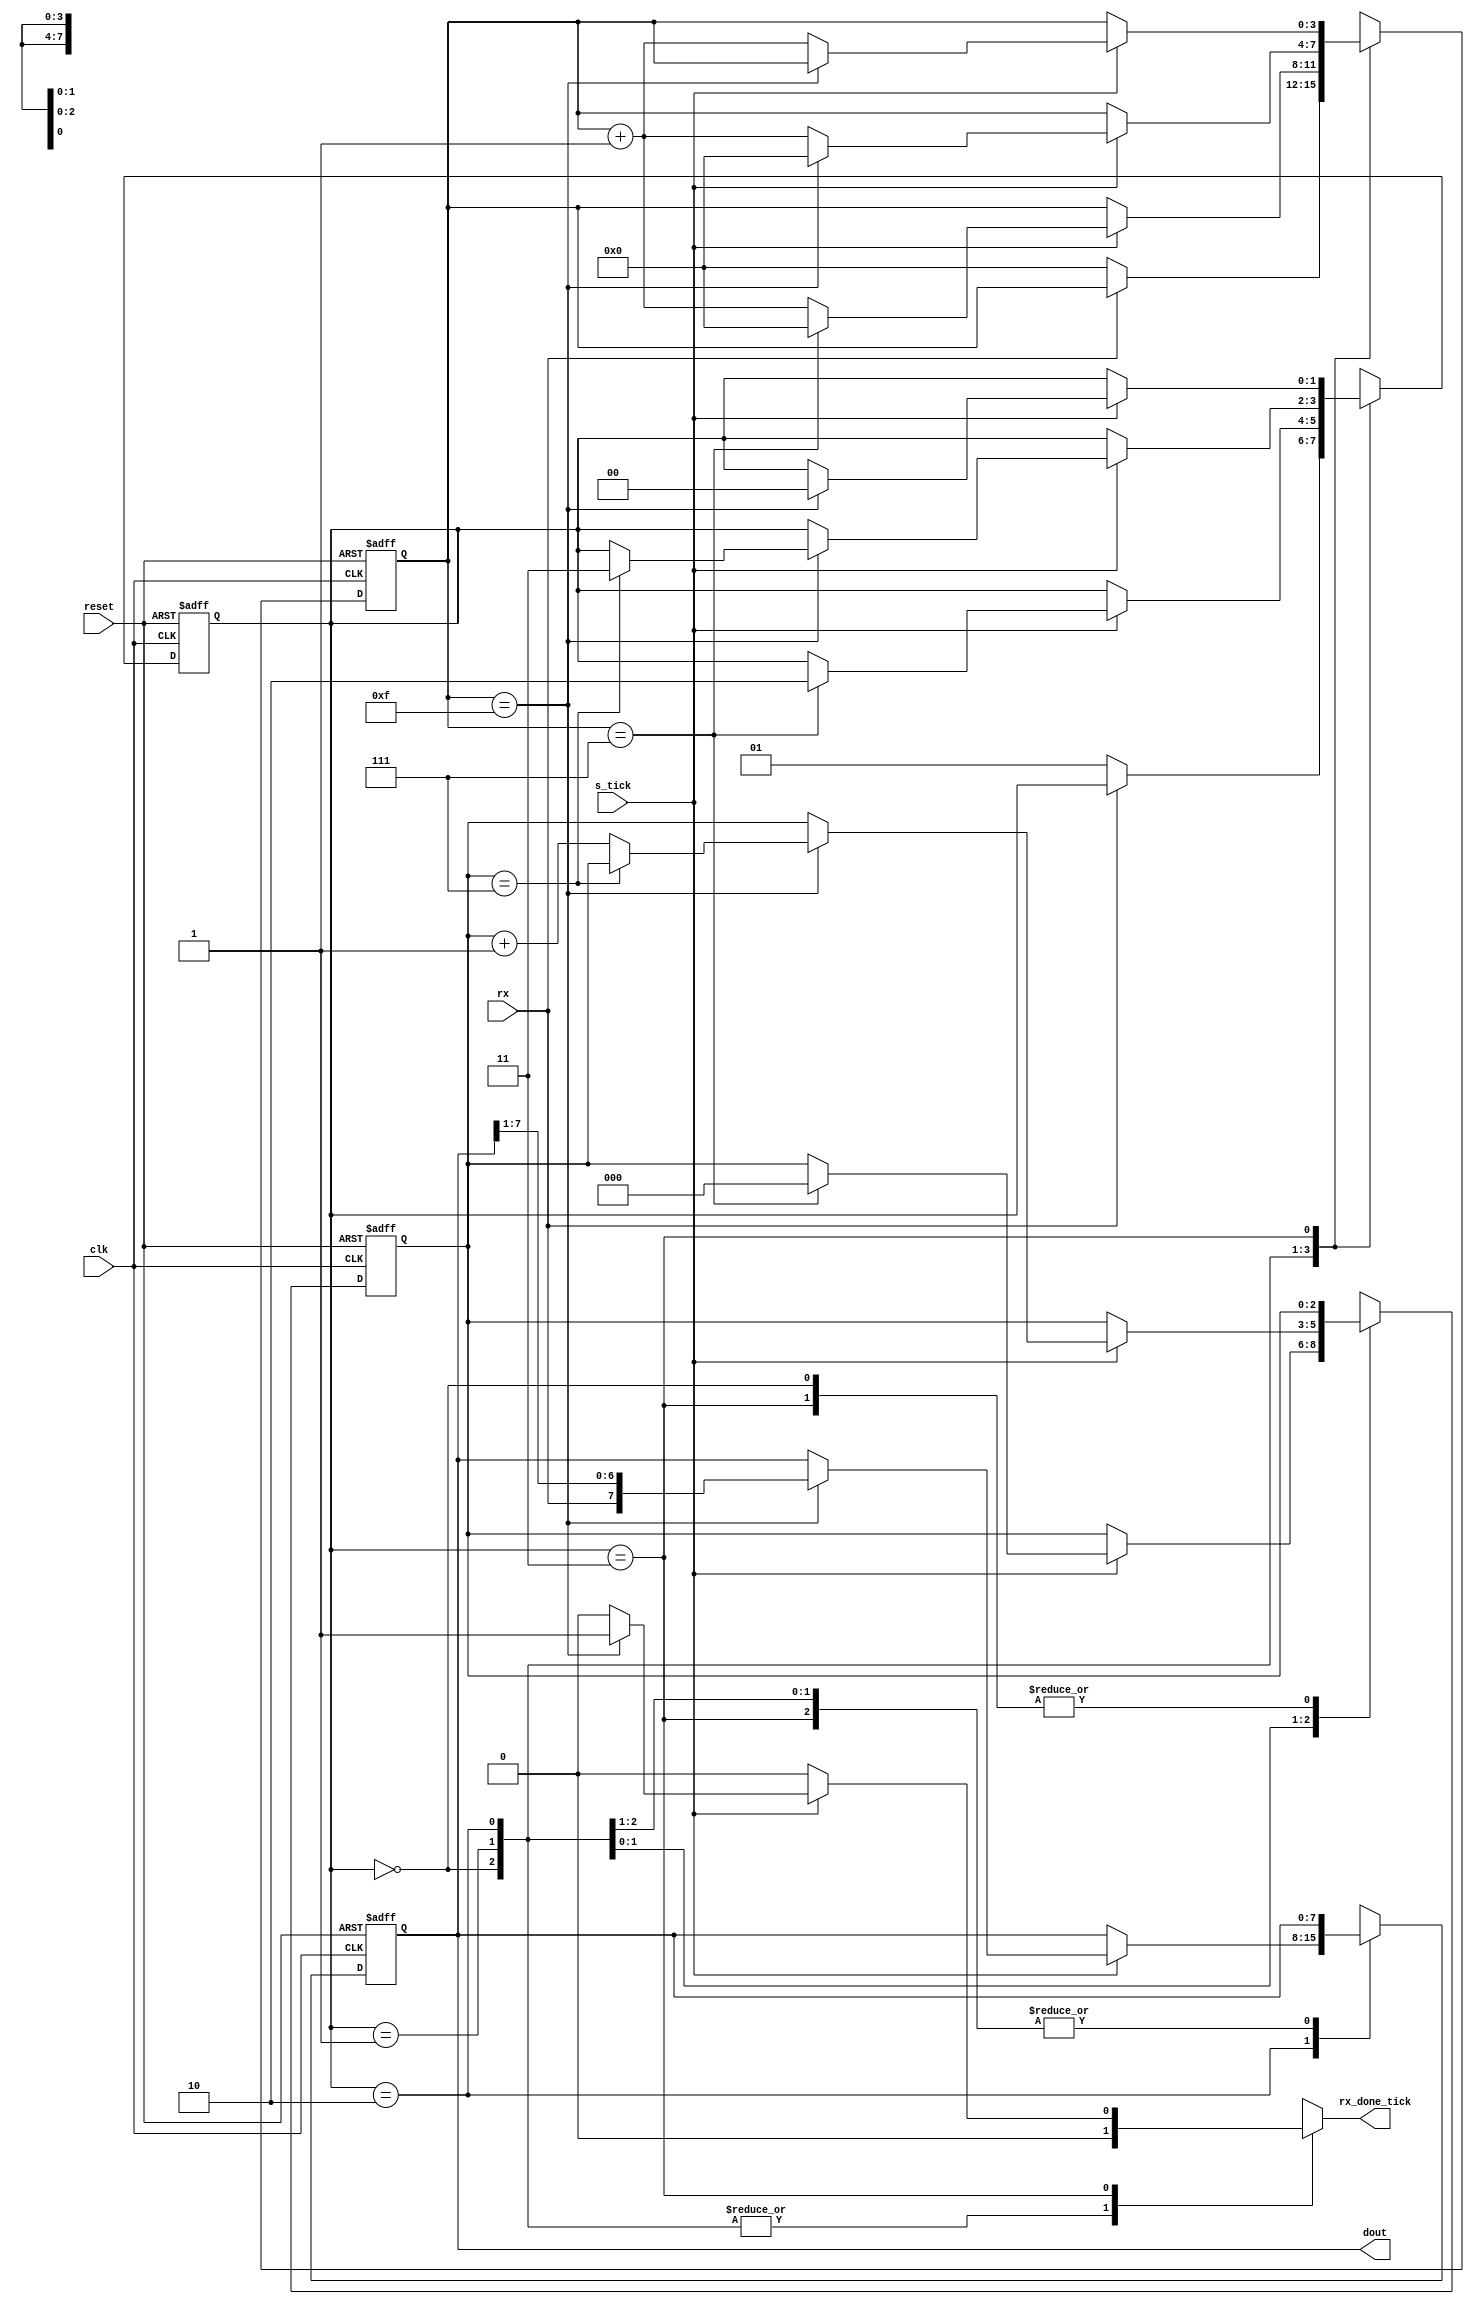
`timescale 1ns / 1ps
//////////////////////////////////////////////////////////////////////////////////
// Company: INSTITUTO TECNOLOGICO DE COSTA RICA
// 
// Design Name: 
// Module Name:    Receptor 
// Project Name: 
// Target Devices: 
// Tool versions: 
// Description: 
//////////////////////////////////////////////////////////////////////////////////
module Receptor#(
			parameter DBIT=8, // #databits
					 SB_TICK=16 //#ticks for stop bits
	)
	(
		input wire clk, reset,
		input wire rx, s_tick,
		output reg rx_done_tick,
		output wire [7:0] dout
	);
	//symbolic state declaration
	localparam [1:0]
		idle = 2'b00,
		start = 2'b01,
		data = 2'b10,
		stop = 2'b11;
   // signal declaration
	reg [1:0] state_reg=0, state_next=0;
	reg [3:0] s_reg=0, s_next=0;
	reg [2:0] n_reg=0, n_next=0;
	reg [7:0] b_reg=0, b_next=0;
	
	// body
	// FSMD state&data registers
	
	always @( posedge clk, posedge reset)
		if (reset)
			begin
				state_reg <= idle;
				s_reg <= 0;
				n_reg <= 0;
				b_reg <= 0;
			end
		else
			begin
				state_reg <=state_next;
				s_reg <= s_next;
				n_reg <= n_next;
				b_reg <= b_next;
			end
		// FSMD next_state logic
   always @*
	begin
		state_next = state_reg;
		rx_done_tick = 1'b0;
		s_next = s_reg;
		
		n_next = n_reg;
		b_next = b_reg;
		case (state_reg)
			idle:
				if (~rx)
					begin
						state_next = start;
						s_next =0;
					end
			start:
				if (s_tick)
					if (s_reg==7)
						begin
							state_next = data;
							s_next = 0;
							n_next = 0;
						end
					else
						s_next = s_reg+1;
			data:
				if (s_tick)
					if (s_reg == 15)
							begin
							s_next = 0;
							b_next = {rx,b_reg [7:1]};
							if (n_reg==(DBIT-1))
								state_next = stop;
								else
									n_next = n_reg + 1;
							end
						else
							s_next = s_reg + 1;
			stop:
				if (s_tick)
					if (s_reg==(SB_TICK-1))
						begin
							state_next = idle;
							rx_done_tick = 1'b1;
						end
					else
						s_next = s_reg + 1;
			endcase
		end
		//output
		assign dout = b_reg;

endmodule